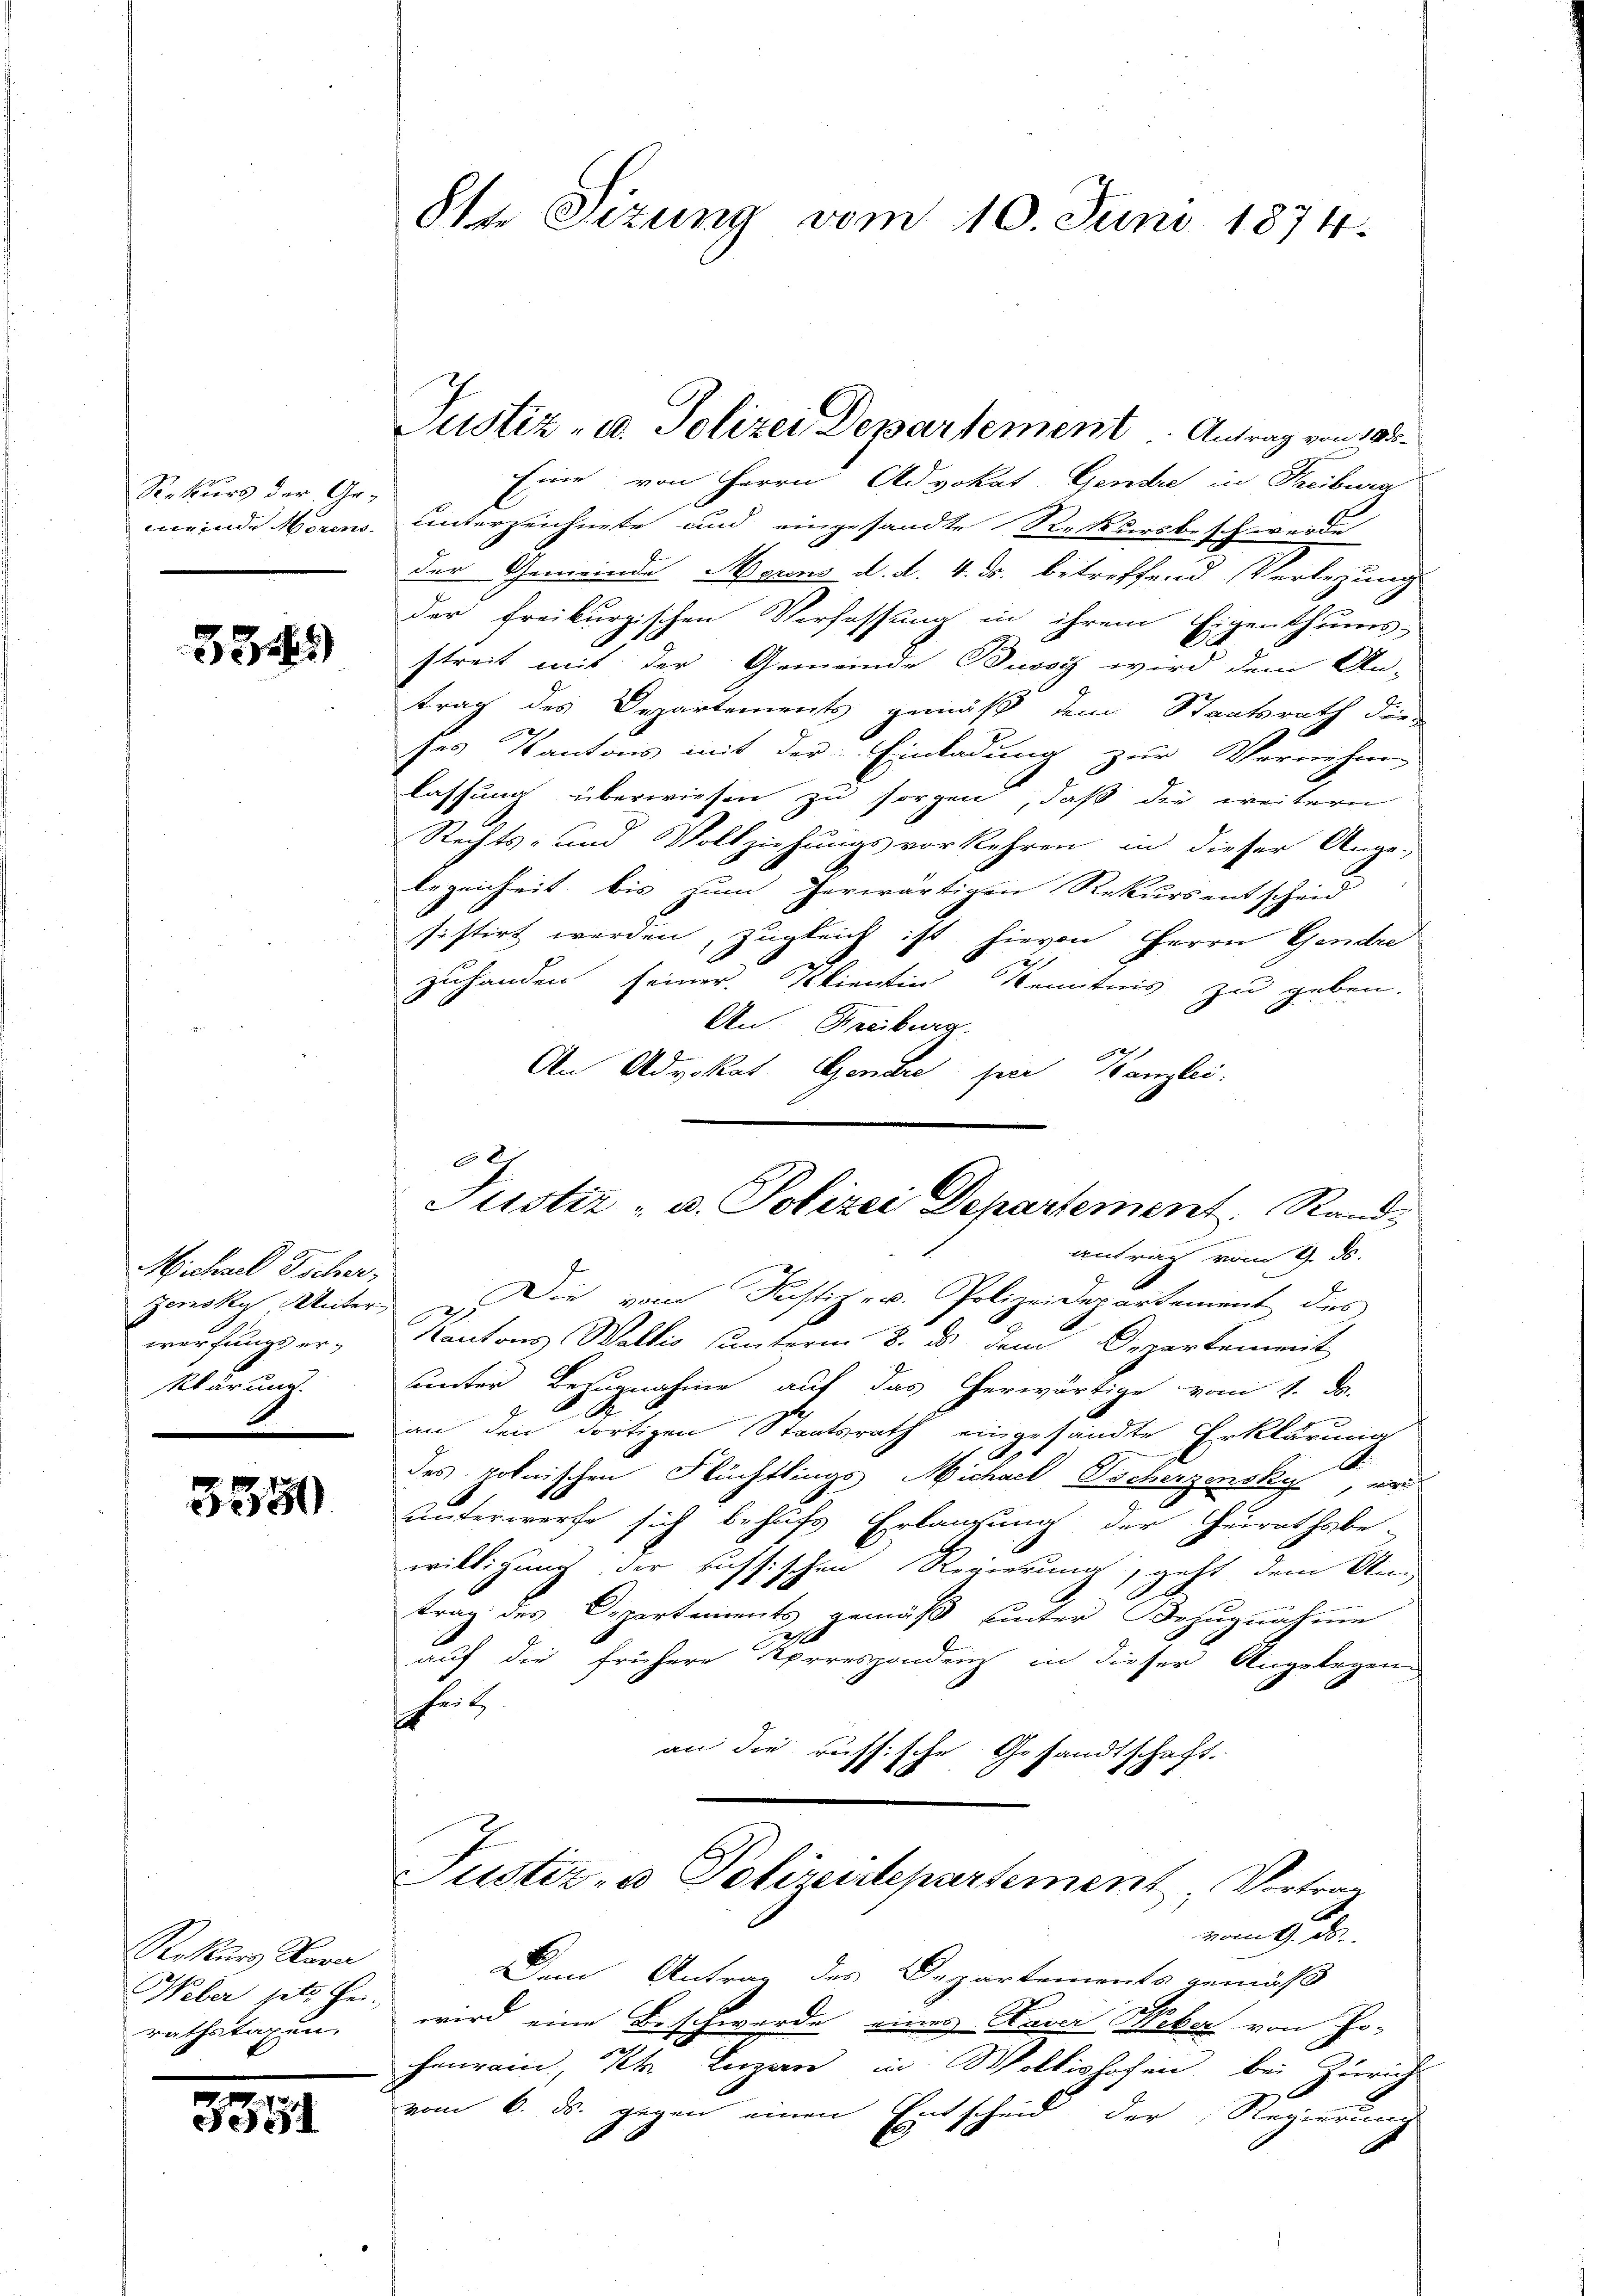
Sekurs der Gemeinde Hörens.

38

Michael Ticher,
werfungs erlur und

3350

Rekurs Zuver
rathstagen.

.
5551

8te Sitzung vom 10. Juni 1874.

Eine von Herrn Advokat Gendre in Theiburg
unterzeichnete und eingesandte Rekursbeschwerde
der Gemeinde Morens d. d. 4. ds. betreffend Verlegung
der freikurgischen Verfassung in ihrem Eigenthums-
streit mit der Gemeinde Dissig wird dem An-
trag des Departements gemäß dem Staatsrath die
ses Kantons mit der Einladung zur Vernehm-
lassung überwiesen zu sorgen, daß die weitern
Rechts- und Vollziehungsvorkehren in dieser Ange-
legenheit bis zum herwärtigen Rekurs entscheid
sistirt werden, zugleich ist hievon Herrn Gendre
zuhanden seiner Klientin Kenntnis zu geben.
An Freiburg.
An Advokat. Genere sie. Kanzlei.
2
Justiz- u. Polizei Departement, Stands
antrag vom 9. ds.
Jensky, Unters Die vom Justiz- u. Polizeidepartement des
Kantons Wallis unterm 8. es dem Departement
unter Bezugnahme aus das herwärtige vom 1. d.
an den dortigen Staatsrath eingesandte Erklärung
.
.
des polnischen Flüchtlings Nichael Tscherzensky, er
unterwerfe sich behufs Erlangung der Heirathsbe-
willigung der russischen Regierung, geht dem Ung
20
trag des Departements gemäß unter Bezugnahme
auf die frühere Korrespondenz in dieser Angelegen
hut
Gesandtschaft.
an die ruffische
1
I
Justiz- u Polirendepartement Vortrag

Justiz- u. Polizei Departement Antrag von 188

vom 9. d.

Dem Antrag des Departements gemäß
Weber setz. Fr. wird eine Beschwerde eines Nani Weber von Johenrain, Kt. Luzern in Wollishofen, bei Zürich
vom 6. ds. gegen einen Entscheid der Regierung